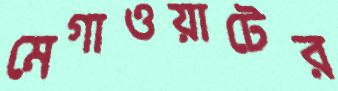
মেগাওয়াটের